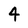
Character: 4